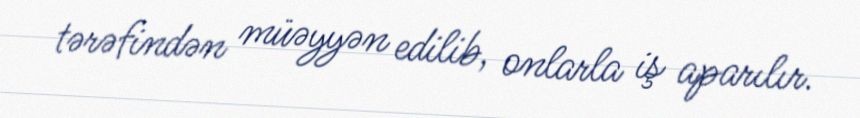
tərəfindən müəyyən edilib, onlarla iş aparılır.